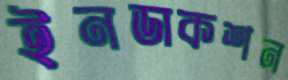
ইনডাকশন